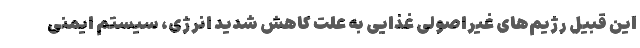
این قبیل رژیم‌های غیراصولی غذایی به علت کاهش شدید انرژی، سیستم ایمنی